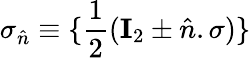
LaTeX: \sigma_{\hat{n}}\equiv\{ \frac{1}{2}(\mathbf{I}_{2}\pm\hat{n}.\sigma)\}